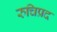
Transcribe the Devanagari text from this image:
रुचिप्रद